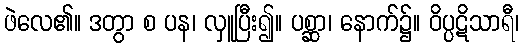
ဖဲလေ၏။ ဒတွာ စ ပန၊ လှူပြီး၍။ ပစ္ဆာ၊ နောက်၌။ ဝိပ္ပဋိသာရီ၊